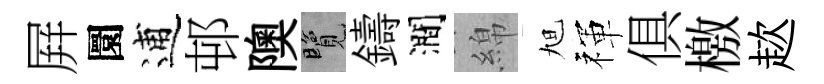
屛圜逋邨隩覽鑄澗綿旭禈俱檄趑